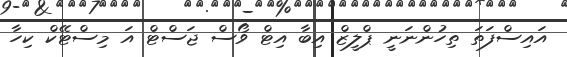
އައިސްފަތަ ތިހުންނަނީ ޕްލީޒް އިބާ އިޓް ވޯސް ޖަސްޓް އަ މިސްޓޭކް ކިހާ